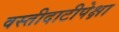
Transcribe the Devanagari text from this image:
वस्तीदाटीपेक्षा